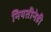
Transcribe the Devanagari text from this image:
नियतीनेही